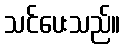
သင်ပေးသည်။